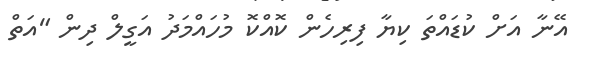
އޭނާ އަށް ކުޑައްތަ ކިޔާ ފިރިހެން ކޮއްކޮ މުހައްމަދު އަގީލް ދިން "އަތް